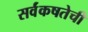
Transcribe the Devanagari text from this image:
सर्वंकषतेची